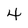
Character: 4